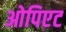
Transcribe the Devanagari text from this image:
ओपिएट